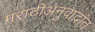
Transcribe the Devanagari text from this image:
मराठीअनुवादांत